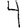
Digit: 4